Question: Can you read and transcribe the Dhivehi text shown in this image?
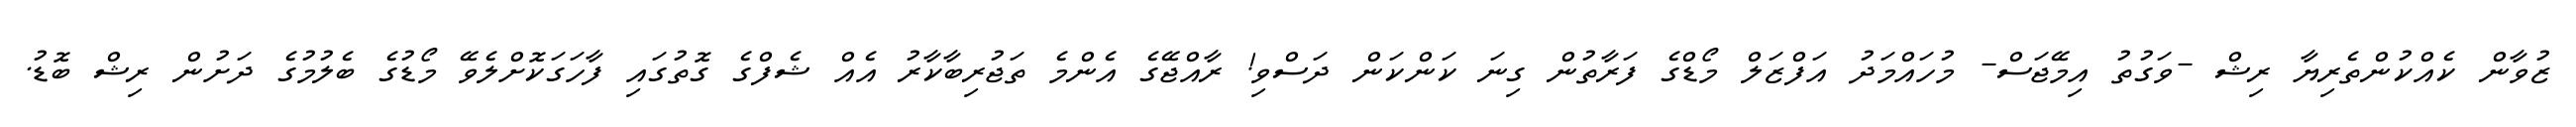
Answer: ޒުވާން ކެއްކުންތެރިޔާ ރިޝް -ވަގުތު އިމޭޖަސް- މުހައްމަދު އަފްޒަލް މޯޑްގެ ފަރާތުން ގިނަ ކަންކަން ދަސްވި! ރާއްޖޭގެ އެންމެ ތަޖުރިބާކާރު އެއް ޝެފްގެ ގޮތުގައި ފާހަގަކޮށްލެވޭ މޯޑުގެ ބެލުމުގެ ދަށުން ރިޝް ބޮޑު.